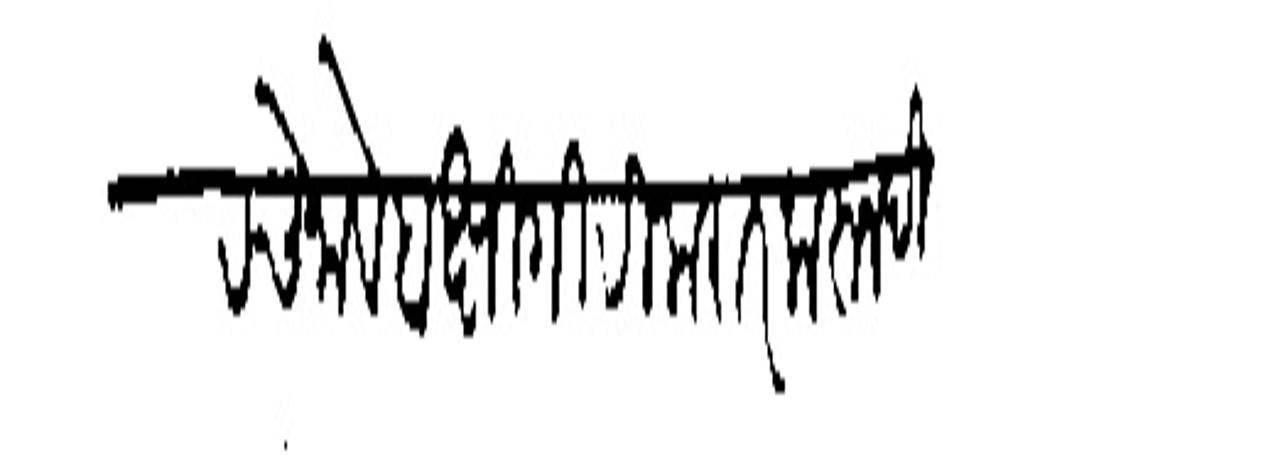
Transliteration (Devanagari): चे नावे बक्षिगिरी करार करून दिन्ही